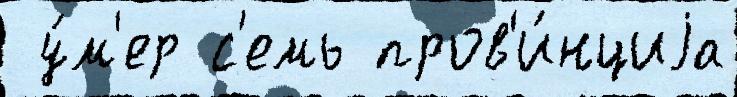
 у́м'ер с'емь пров'и́нциjа